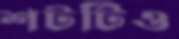
শটটিও